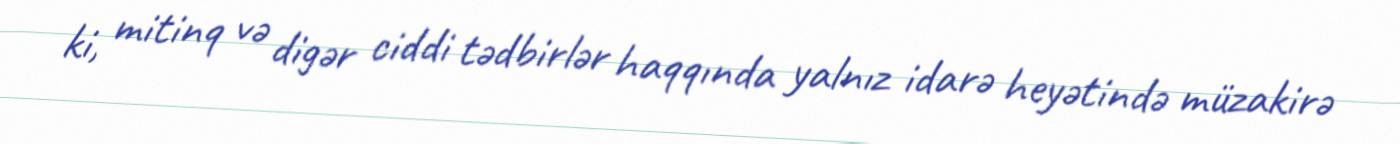
ki, mitinq və digər ciddi tədbirlər haqqında yalnız idarə heyətində müzakirə